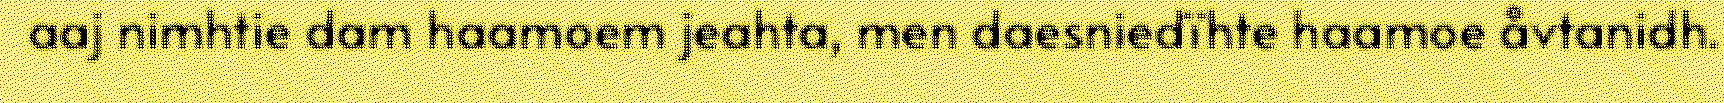
aaj nimhtie dam haamoem jeahta, men daesniedïhte haamoe åvtanidh.